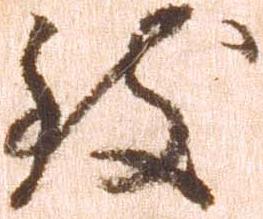
致